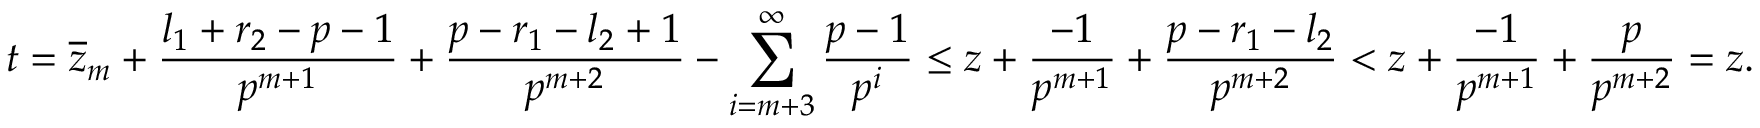
t = \overline { { z } } _ { m } + \frac { l _ { 1 } + r _ { 2 } - p - 1 } { p ^ { m + 1 } } + \frac { p - r _ { 1 } - l _ { 2 } + 1 } { p ^ { m + 2 } } - \sum _ { i = m + 3 } ^ { \infty } \frac { p - 1 } { p ^ { i } } \leq z + \frac { - 1 } { p ^ { m + 1 } } + \frac { p - r _ { 1 } - l _ { 2 } } { p ^ { m + 2 } } < z + \frac { - 1 } { p ^ { m + 1 } } + \frac { p } { p ^ { m + 2 } } = z .